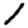
Digit: 1